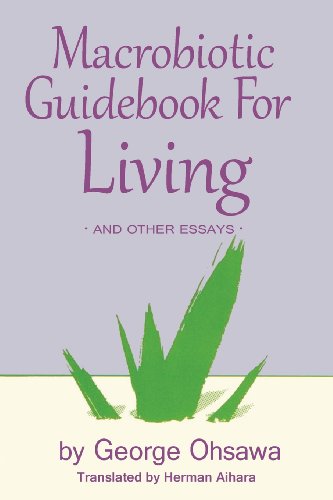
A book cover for Macrobiotic Guidebook for Living and Other Essays; Georges Ohsawa; Health, Fitness & Dieting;